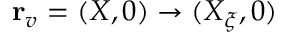
{ \bf r } _ { v } = ( X , 0 ) \to ( X _ { \xi } , 0 )